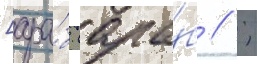
[ара́б. (ара́б // ;